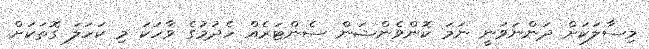
މިސާލަކަށް ދަންނަވަނީ ނަމަ ކޮންވެންޝަން ސެންޓަރެއް ހެދުމުގެ ވާހަކަ މި ކަހަލަ ގޮތަކަށް